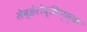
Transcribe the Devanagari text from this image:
सेव्हेरोद्विन्स्क